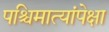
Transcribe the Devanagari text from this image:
पश्चिमात्यांपेक्षा